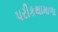
પરીકથામાળા